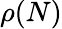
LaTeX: \rho(N)